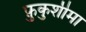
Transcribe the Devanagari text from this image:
फ़ुकुशीमा